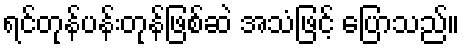
ရင်တုန်ပန်းတုန်ဖြစ်ဆဲ အသံဖြင့် ပြောသည်။